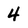
Character: 4